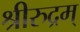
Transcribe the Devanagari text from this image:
श्रीरुद्रम्